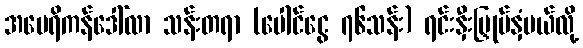
အမေရိကန်ဒေါ်လာ သန်းတရာ (ပေါင်ငွေ ၇၆သန်း) ရင်းနှီးမြှုပ်နှံမယ်လို့